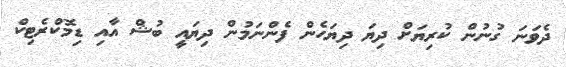
ދެވަނަ ގުނުން ކުރިޔަށް ދިޔަ ދިޔަހެން ފެންނަމުން ދިޔައީ ބުޝް އާއި ޑިމޮކްރެޓިކް